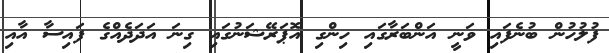
ފުލުހުން ބުނެފައި ވަނީ އަންބަރާގައި ހިންގި އޮޕަރޭޝަނުގައި ގިނަ އަދަދެއްގެ ފައިސާ އާއި